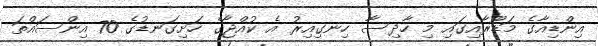
އިންޑިއާގެ މަޑޫރާއިގައި މި ހާދިސާ ހިނގިިއިރު އެ ކުއްޖާގެ ހަަށިގަނޑުގެ 70 އިންސައްތަ